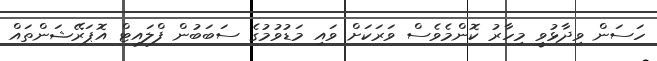
ހަސަން ވިދާޅުވީ މިހާރު ކޮންމެވެސް ވަރަކަށް ވައި މަޑުވުމުގެ ސަބަބުން ފްލައިޓް އޮޕަރޭޝަންތައް